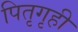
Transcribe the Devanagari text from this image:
पितृगृही